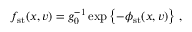
f _ { \mathrm { s t } } ( \boldsymbol { x } , \boldsymbol { v } ) = g _ { 0 } ^ { - 1 } \exp \left\{ - \phi _ { \mathrm { s t } } ( \boldsymbol { x } , \boldsymbol { v } ) \right\} \, ,